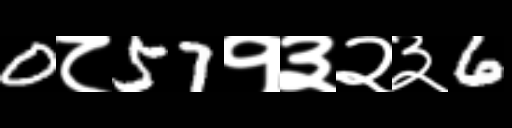
Text: 0८57१३२३6